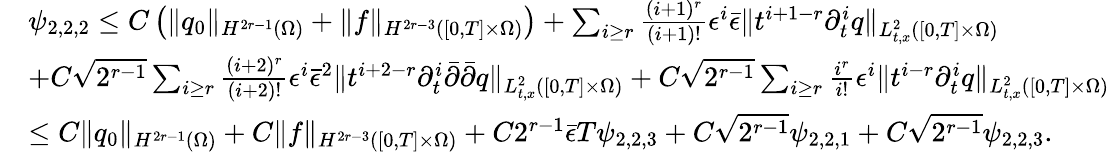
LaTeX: \begin{array}{rl}&{\psi_{2,2,2}\le C\left(\| q_{0}\| _{H^{2r-1}(\Omega)}+\| f\| _{H^{2r-3}([0,T]\times\Omega)}\right)+\sum_{i\ge r}\frac{(i+1)^{r}}{(i+1)!}\epsilon^{i}\bar{\epsilon}\| t^{i+1-r}\partial_{t}^{i}q\| _{L_{t,x}^{2}([0,T]\times\Omega)}}\\ &{+C\sqrt{2^{r-1}}\sum_{i\ge r}\frac{(i+2)^{r}}{(i+2)!}\epsilon^{i}\bar{\epsilon}^{2}\| t^{i+2-r}\partial_{t}^{i}\bar{\partial}\bar{\partial}q\| _{L_{t,x}^{2}([0,T]\times\Omega)}+C\sqrt{2^{r-1}}\sum_{i\ge r}\frac{i^{r}}{i!}\epsilon^{i}\| t^{i-r}\partial_{t}^{i}q\| _{L_{t,x}^{2}([0,T]\times\Omega)}}\\ &{\le C\| q_{0}\| _{H^{2r-1}(\Omega)}+C\| f\| _{H^{2r-3}([0,T]\times\Omega)}+C2^{r-1}\bar{\epsilon}T\psi_{2,2,3}+C\sqrt{2^{r-1}}\psi_{2,2,1}+C\sqrt{2^{r-1}}\psi_{2,2,3}.}\end{array}